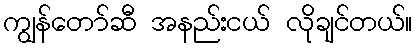
ကျွန်တော်ဆီ အနည်းငယ် လိုချင်တယ်။